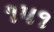
૧૫૧